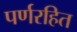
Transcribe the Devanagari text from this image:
पर्णरहित